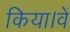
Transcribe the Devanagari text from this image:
किया।वें